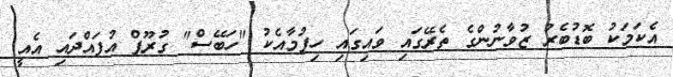
އެކަމަކު ބޮޑުބެރު ޒުވާނުންގެ ތެރޭގައި ވައިގައި ހިފުމާއެކު "ހަބޭސް" ގުރޫޕް އުފައްދައި އެއީ